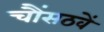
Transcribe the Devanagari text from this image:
चौंसठवें